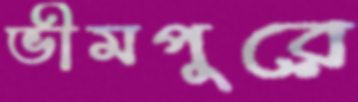
ভীমপুরে